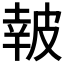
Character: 𤿹